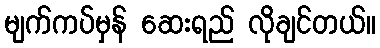
မျက်ကပ်မှန် ဆေးရည် လိုချင်တယ်။